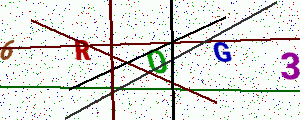
Text: 6ROG3